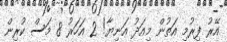
އޭރު ފިރުމި އަތުން މިއަދު އަނިޔާ! 2 އަހަރު 8 މަސް ކުރިން